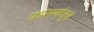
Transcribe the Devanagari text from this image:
प्रहसनांतून